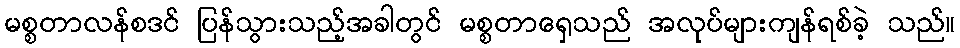
မစ္စတာလန်စဒင် ပြန်သွားသည့်အခါတွင် မစ္စတာရှေသည် အလုပ်များကျန်ရစ်ခဲ့ သည်။